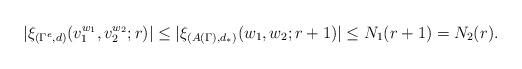
LaTeX: \begin{align*}|\xi_{(\Gamma^e,d)}(v_1^{w_1}, v_2^{w_2};r)|&\le |\xi_{(A(\Gamma),d_*)}(w_1,w_2;r+1)|\le N_1(r+1)=N_2(r).\end{align*}